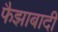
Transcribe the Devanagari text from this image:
फैझाबादी